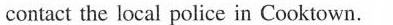
contact the local police in Cooktown.